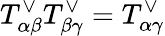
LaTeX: T_{\alpha\beta}^{\vee}T_{\beta\gamma}^{\vee}=T_{\alpha\gamma}^{\vee}